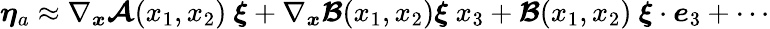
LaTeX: \boldsymbol{\eta}_{a}\approx\nabla_{\boldsymbol{x}}\boldsymbol{\mathcal{A}}(x_{1},x_{2})\ \boldsymbol{\xi}+\nabla_{\boldsymbol{x}}\boldsymbol{\mathcal{B}}(x_{1},x_{2})\boldsymbol{\xi}\ x_{3}+\boldsymbol{\mathcal{B}}(x_{1},x_{2})\ \boldsymbol{\xi}\cdot\boldsymbol{e}_{3}+\cdots